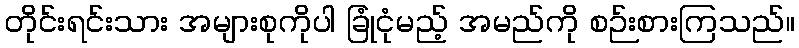
တိုင်းရင်းသား အများစုကိုပါ ခြုံငုံမည့် အမည်ကို စဉ်းစားကြသည်။